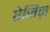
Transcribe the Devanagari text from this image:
ऐजिज़